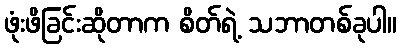
ဖုံးဖိခြင်းဆိုတာက စိတ်ရဲ့ သဘာတစ်ခုပါ။